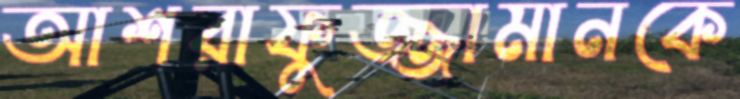
আশরাফুজ্জামানকে